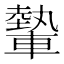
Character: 𨎐